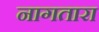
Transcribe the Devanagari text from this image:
नागतारा